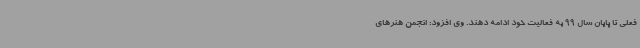
فعلی تا پایان سال 99 به فعالیت خود ادامه دهند. وی افزود: انجمن هنرهای